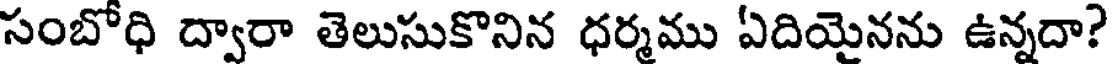
సంబోధి ద్వారా తెలుసుకొనిన ధర్మము ఏదియైనను ఉన్నదా?